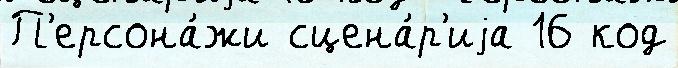
П'ерсона́жи сцена́р'иjа 16 код